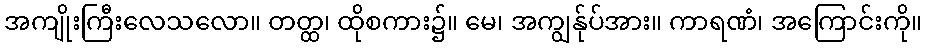
အကျိုးကြီးလေသလော။ တတ္ထ၊ ထိုစကား၌။ မေ၊ အကျွန်ုပ်အား။ ကာရဏံ၊ အကြောင်းကို။